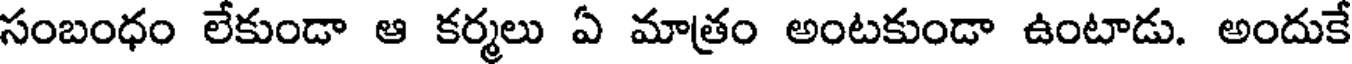
సంబంధం లేకుండా ఆ కర్మలు ఏ మాత్రం అంటకుండా ఉంటాడు. అందుకే